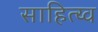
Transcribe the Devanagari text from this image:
साहित्य्व